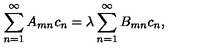
\sum _ { n = 1 } ^ { \infty } A _ { m n } c _ { n } = \lambda \sum _ { n = 1 } ^ { \infty } B _ { m n } c _ { n } ,